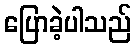
ပြောခဲ့ပါသည်